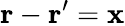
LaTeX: \mathbf{r}-\mathbf{r}^{\prime}=\mathbf{x}